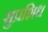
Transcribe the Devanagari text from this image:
सुप्रशिध